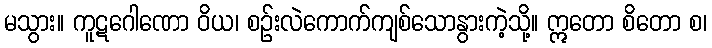
မသွား။ ကူဋဂေါဏော ဝိယ၊ စဉ်းလဲကောက်ကျစ်သောနွားကဲ့သို့။ ဣတော စိတော စ၊